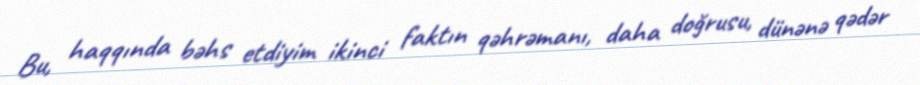
Bu, haqqında bəhs etdiyim ikinci faktın qəhrəmanı, daha doğrusu, dünənə qədər